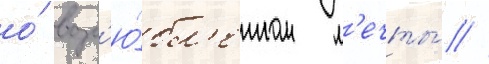
о́ возл'ю́бл'енном м'ечты́ //